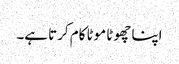
اپنا چھوٹا موٹا کام کرتا ہے۔